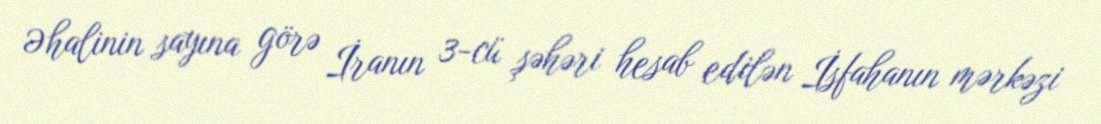
Əhalinin sayına görə İranın 3-cü şəhəri hesab edilən İsfahanın mərkəzi